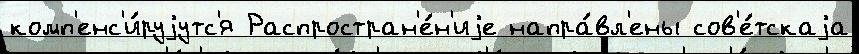
комп'енс'и́руjутс'я Распростран'е́н'иjе напра́вл'ены сов'е́тскаjа